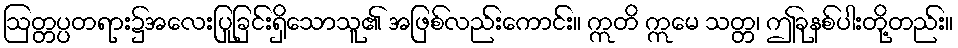
ဩတ္တပ္ပတရား၌အလေးပြုခြင်းရှိသောသူ၏ အဖြစ်လည်းကောင်း။ ဣတိ ဣမေ သတ္တ၊ ဤခုနစ်ပါးတို့တည်း။